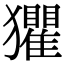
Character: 𤣓